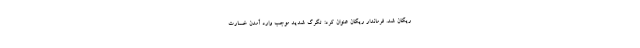
ریگان شد. فرماندار ریگان عنوان کرد: تگرگ شدید موجب وارد آمدن خسارت